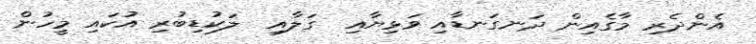
އެންދެރި މާގެއިން ދަނގަނޑާއި ވަޅިޔާއި  ގަލާއި  ލަކުޑިބުރި އުކައި މީހުން